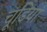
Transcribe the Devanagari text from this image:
चूडियां